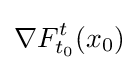
\nabla F_{t_{0}}^{t}(x_{0})